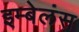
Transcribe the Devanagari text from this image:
इम्बेलंस